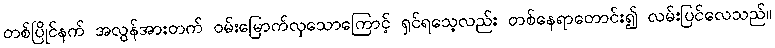
တစ်ပြိုင်နက် အလွန်အားတက် ဝမ်းမြောက်လှသောကြောင့် ရှင်ရသေ့လည်း တစ်နေရာတောင်း၍ လမ်းပြင်လေသည်။